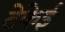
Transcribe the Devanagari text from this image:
टेकेई